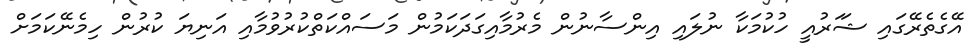
އޭގެެތެރޭގައި ޝަަރުއީ ހުކުމަކާ ނުލައި އިންސާނުން މެރުމާއިގަދަކަމުން މަސައްކަތްކުރުވުމާއި އަނިޔަ ކުރުން ހިމެނޭކަމަށް